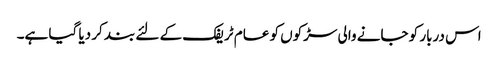
اس دربار کو جانے والی سڑکوں کو عام ٹریفک کے لئے بند کر دیا گیا ہے۔